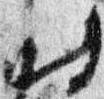
時